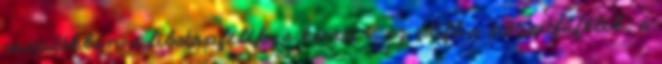
csapdákban a libatopfélék, a kender, az útifű,a pázsitfűfélék, a